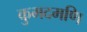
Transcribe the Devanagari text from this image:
कुमदमणि